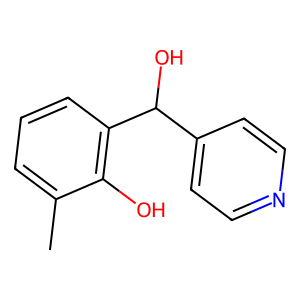
SMILES: Cc1cccc(C(O)c2ccncc2)c1O
Inhibits HIV replication: No